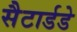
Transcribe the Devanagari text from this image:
सैटार्डडे